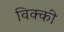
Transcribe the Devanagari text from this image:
विक्‍की